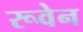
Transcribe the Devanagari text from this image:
रूवेन